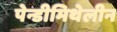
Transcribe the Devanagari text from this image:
पेन्डीमिथेलीन